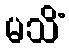
မသိံ